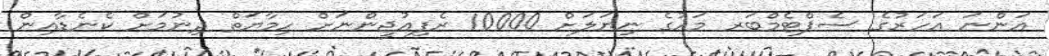
އަންނަ އަހަރުގެ ސެޕްޓެމްބަރ މަހުގެ ނިޔަލަށް 10000 ރެފިއުޖީންނަށް ހިމާޔަތް ދިނުމަށް ކެނެޑާއިން